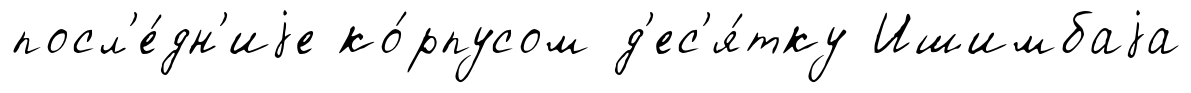
посл'е́дн'иjе ко́рпусом д'ес'я́тку Ишимбаjа